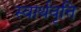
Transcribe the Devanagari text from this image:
स्वार्थवृत्ति